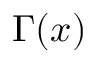
\Gamma ( x )